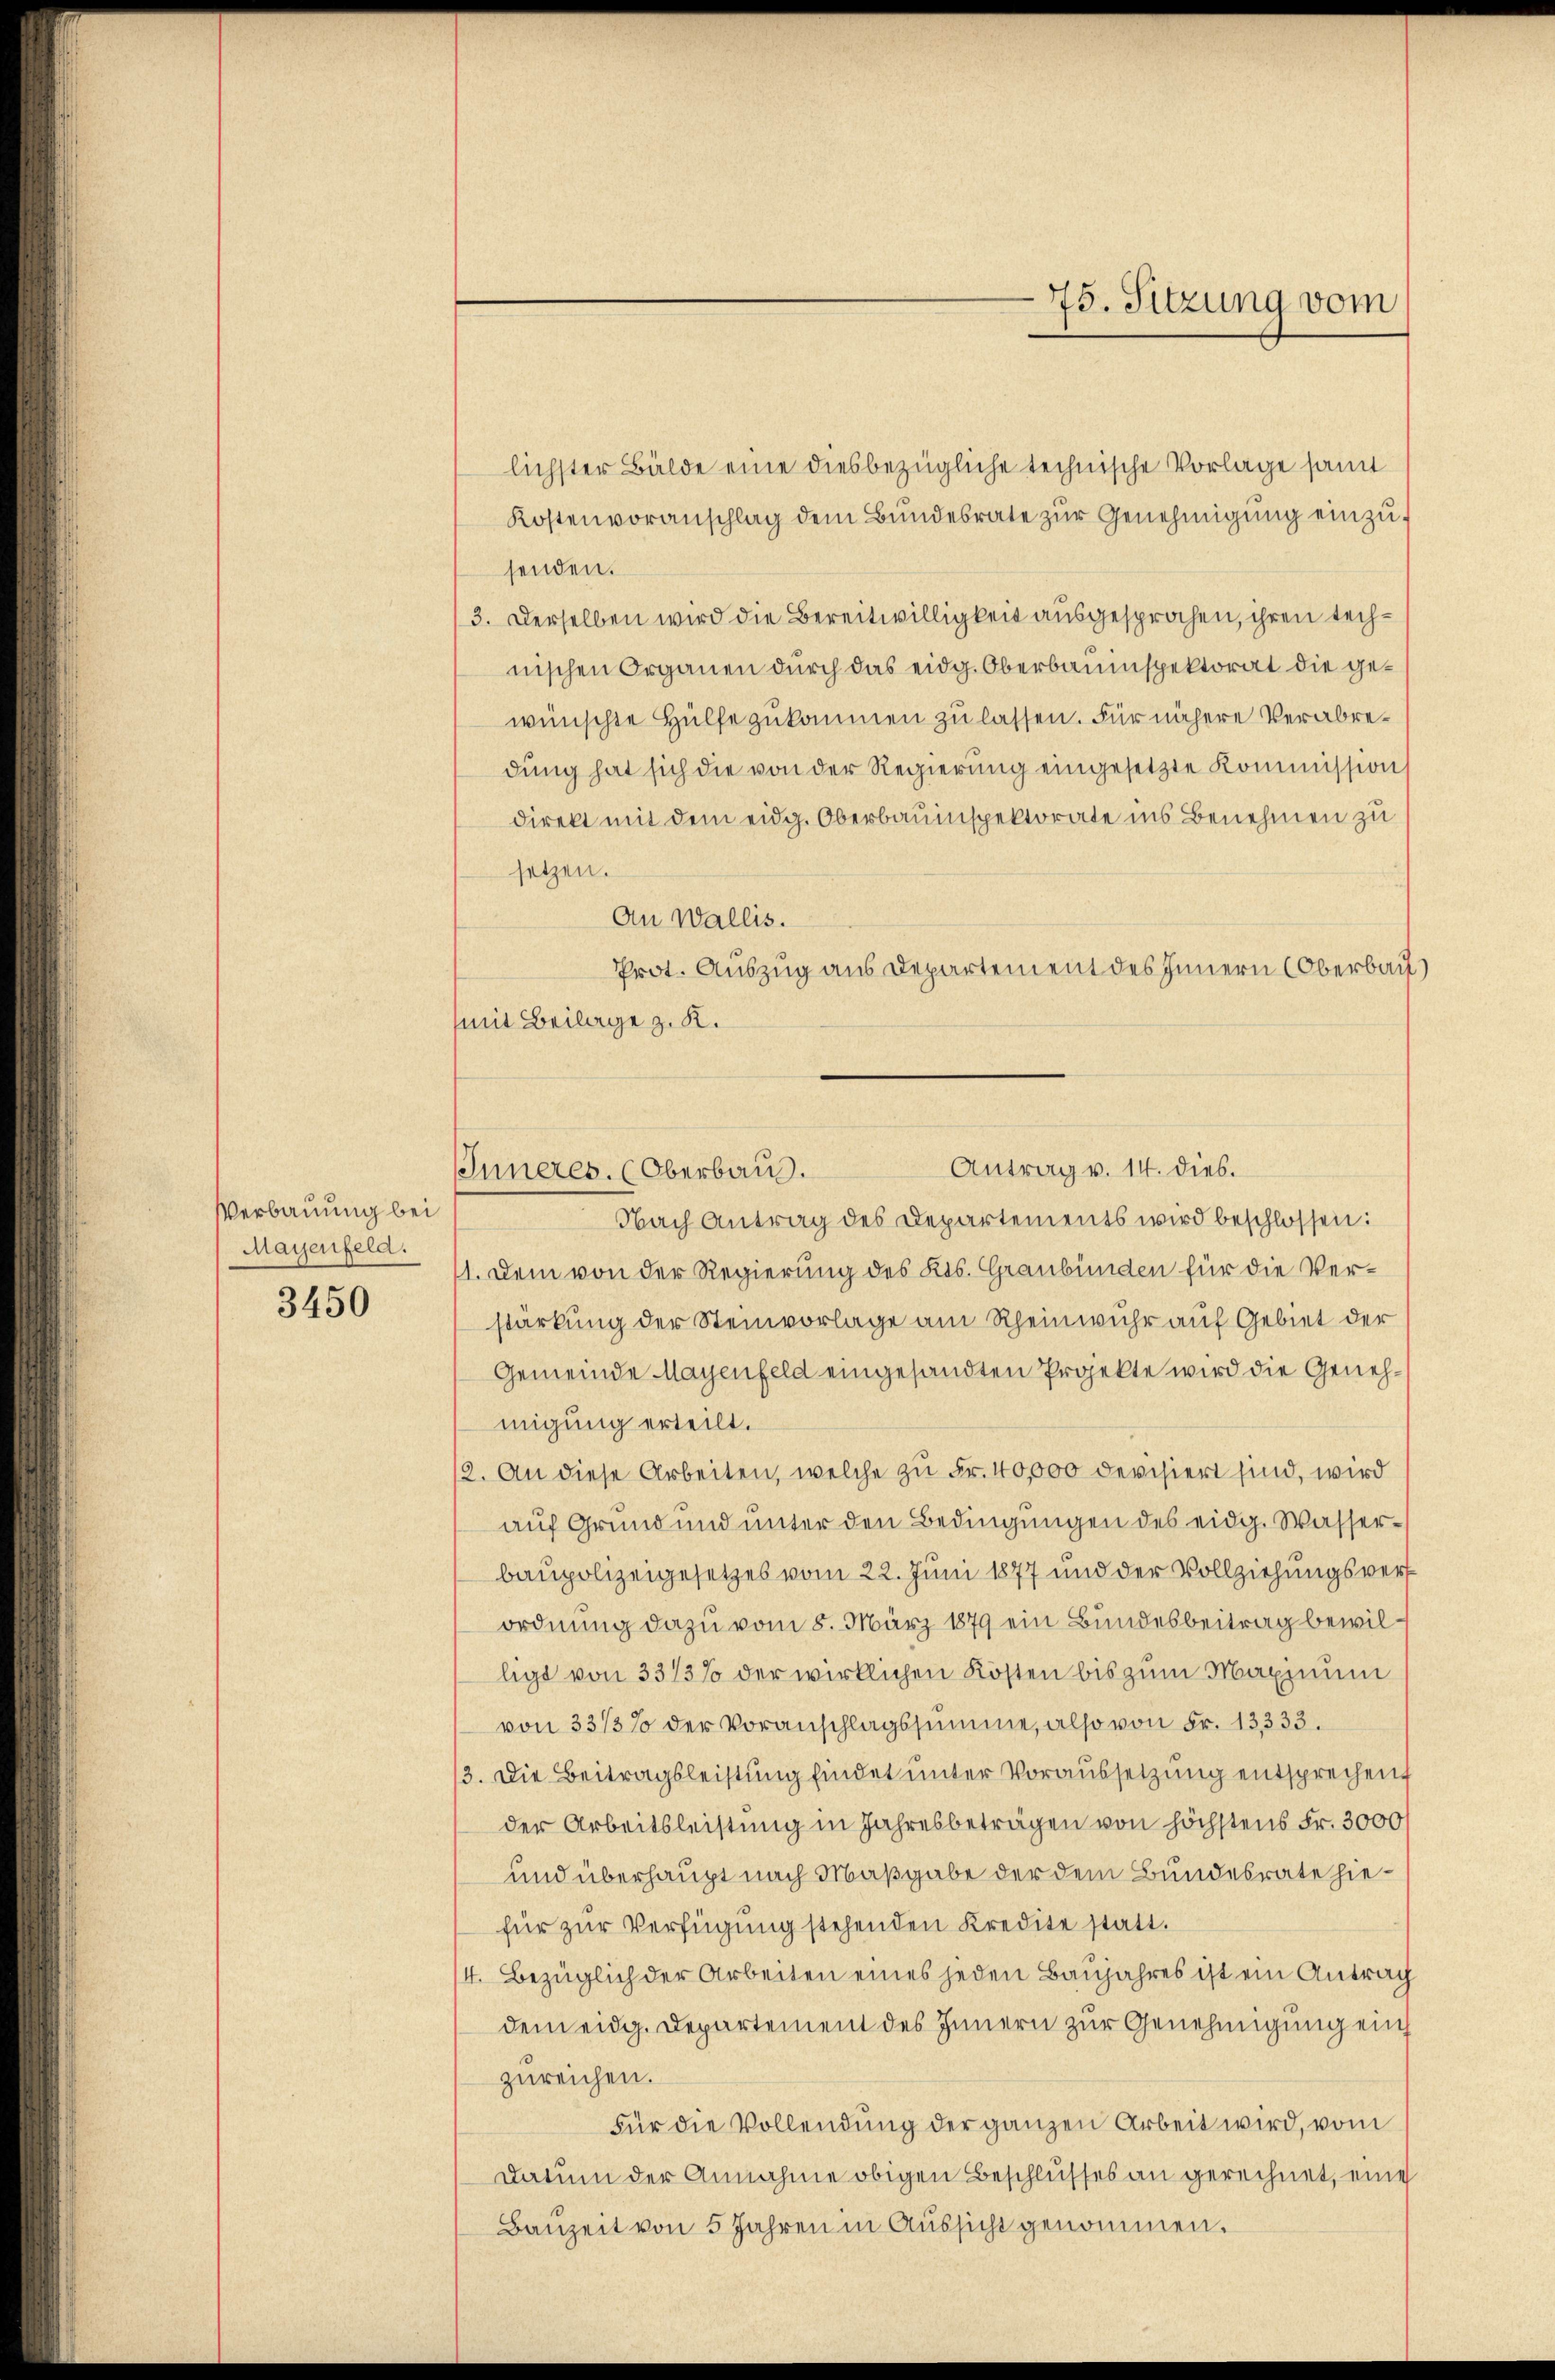
Verbauung bei
Mayenfeld.

3450

Antrag v. 14. dies.
Inneres. (Oberbaus.

lichster Bälde eine diesbezügliche technische Vorlage samm
Kostenvoranschlag dem Bundesrate zur Genehmigung einzusenden.
3. Derselben wird die Bereitwilligkeit ausgesprochen, ihren technischen Organen durch das eidg. Oberbauinspektorat die gewünschte Hülfe zukommen zu lassen. Für nähere Verabredung hat sich die von der Regierung eingesetzte Kommissions
direkt mit dem eidg. Oberbauinspektorate ins Benehmen zu
setzen.
An Wallis.
Prot. Auszug aus Departement des Innern (Oberbaut)
mit Beilage z. K.
Nach Antrag des Departements wird beschlossen:
1. Dem von der Regierung des Kts. Graubünden für die Verstärkung der Steinvorlage am Rheinwuhr auf Gebiet der
Gemeinde Mayenfeld eingesandten Projekte wird die Genehmigung erteilt.
12. An diese Arbeiten, welche zu Fr. 40,000 devisiert sind, wird
auf Grund und unter den Bedingungen des eidg. Wasserbaupolizeigesetzes vom 22. Juni 1877 und der Vollziehungsverf
ordnung dazu vom 8. März 1879 ein Bundesbeitrag bewilligt von 331/3% der wirklichen Kosten bis zum Maximum
von 33/3% der Voranschlagssumme, also von Fr. 13333.
3. Die Beitragsleistung findet unter Voraussetzung entsprechen
der Arbeitsleistung in Jahresbeträgen von höchstens Fr. 3000
und überhaupt nach Maßgabe der dem Bundesrate hiefür zur Verfügung stehenden Kredite statt.
4. Bezüglich der Arbeiten eines jeden Banjahres ist ein Antrag
dem eidg. Departement des Innern zur Genehmigung ein
zureichen.
Für die Vollendung der ganzen Arbeit wird, vom
Datum der Annahme obigen Beschlusses an gerechnet, eine
Bauzeit von 5 Jahren in Aussicht genommen.

45. Sitzung vom